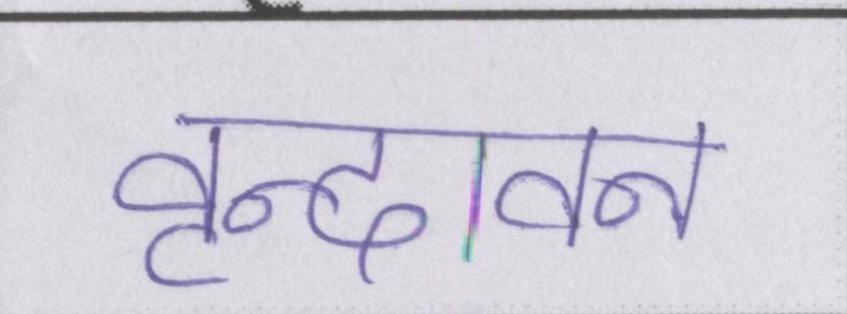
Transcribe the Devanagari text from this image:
वृन्दावन